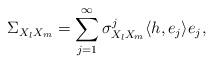
LaTeX: \begin{align*}\Sigma _{X_l X_m} = \sum_{j=1} ^\infty {\sigma _{X_l X_m} ^j \langle h, e_j\rangle e_j,}\end{align*}